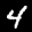
Label: 4